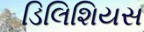
ડિલિશિયસ